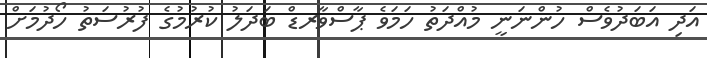
އަދި އަބަދުވެސް ހުންނަނީ މުއްދަތު ހަމަވެ ޕާސްވާރޑް ބަދަލު ކުރުމުގެ ފުރުސަތު ހޯދުމަށް